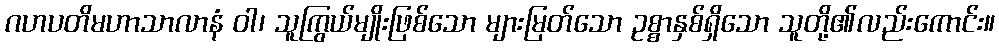
ဂဟပတိမဟာသာလာနံ ဝါ၊ သူကြွယ်မျိုးဖြစ်သော များမြတ်သော ဥစ္စာနှစ်ရှိသော သူတို့၏လည်းကောင်း။